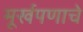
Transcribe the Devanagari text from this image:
मूर्खपणाचे